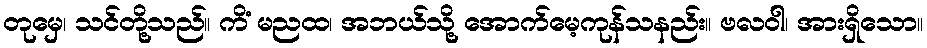
တုမှေ၊ သင်တို့သည်။ ကိံ မညထ၊ အဘယ်သို့ အောက်မေ့ကုန်သနည်း။ ဗလဝါ၊ အားရှိသော။